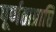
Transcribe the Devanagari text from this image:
पूर्णताप्राप्ति